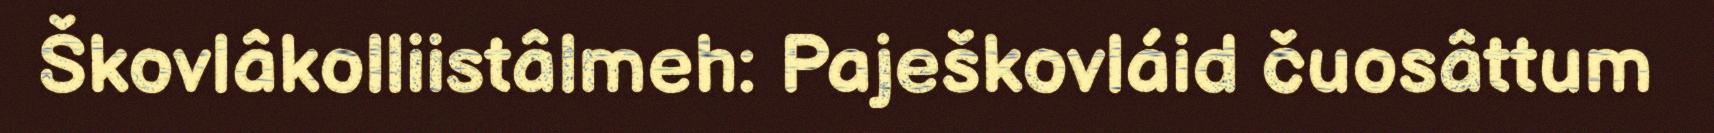
Škovlâkolliistâlmeh: Paješkovláid čuosâttum